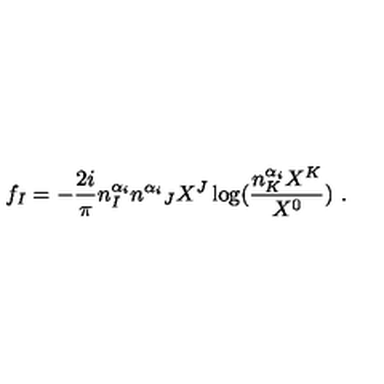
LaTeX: f _ { I } = - \frac { 2 i } { \pi } n _ { I } ^ { \alpha _ { i } } { n ^ { \alpha _ { i } } } _ { J } X ^ { J } \log ( \frac { n _ { K } ^ { \alpha _ { i } } X ^ { K } } { X ^ { 0 } } ) \ .